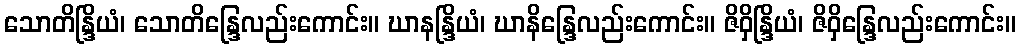
သောတိန္ဒြိယံ၊ သောတိန္ဒြေလည်းကောင်း။ ဃာနန္ဒြိယံ၊ ဃာနိန္ဒြေလည်းကောင်း။ ဇိဝှိန္ဒြိယံ၊ ဇိဝှိန္ဒြေလည်းကောင်း။